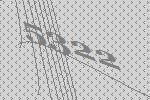
5322